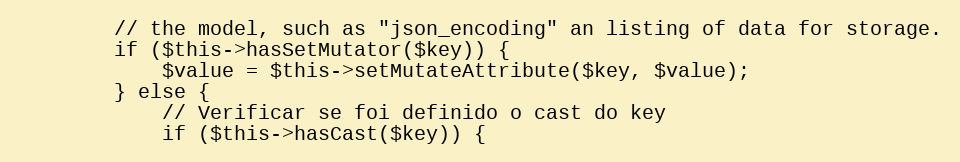
Language: PHP
        // the model, such as "json_encoding" an listing of data for storage.
        if ($this->hasSetMutator($key)) {
            $value = $this->setMutateAttribute($key, $value);
        } else {
            // Verificar se foi definido o cast do key
            if ($this->hasCast($key)) {